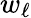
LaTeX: w_{\ell}